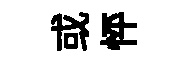
或怦